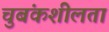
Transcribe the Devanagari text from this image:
चुबंकशीलता